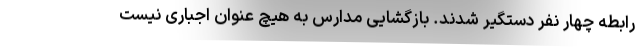
رابطه چهار نفر دستگیر شدند. بازگشایی مدارس به هیچ عنوان اجباری نیست